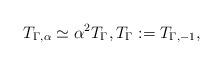
LaTeX: \begin{align*} T_{\Gamma,\alpha}\simeq \alpha^2 T_{\Gamma}, T_\Gamma:=T_{\Gamma,-1},\end{align*}